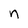
Character: n